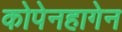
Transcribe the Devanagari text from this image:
कोपेनहागेन